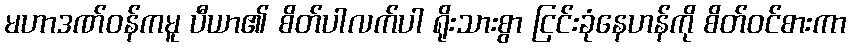
မဟာဒဏ်ဝန်ကမူ ပီယာ၏ စိတ်ပါလက်ပါ ရိုးသားစွာ ငြင်းခုံနေဟန်ကို စိတ်ဝင်စားကာ